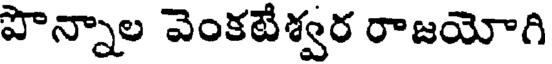
పొన్నాల వెంకటేశ్వర రాజయోగి